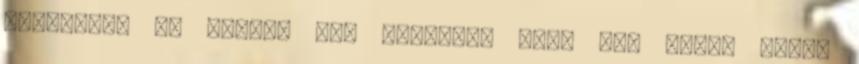
ráérősen. Az utóbbi azt jelenti, hogy már előző este,